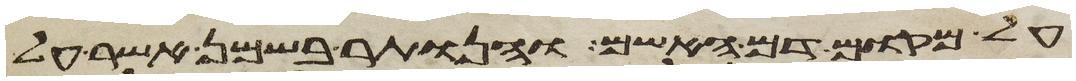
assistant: על מקום דם האשם והנותר בשמן אשר על